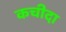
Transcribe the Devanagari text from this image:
कचीदा